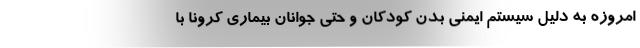
امروزه به دلیل سیستم ایمنی بدن کودکان و حتی جوانان بیماری کرونا با